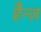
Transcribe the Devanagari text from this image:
हैन्ज़